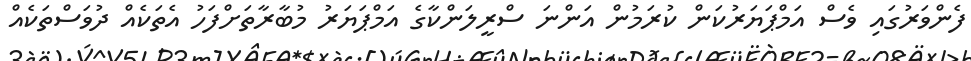
ފެންވަރުގައި ވެސް އަމްޕަޔަރުކަން ކުރަމުން އަންނަ ސްރީލަންކާގެ އަމްޕަޔަރު މުބާރާތަށްފަހު އެތަކެއް ދުވަސްތަކެއް